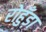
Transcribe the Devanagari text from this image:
रोहुँड़ा